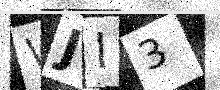
Text: WJI3